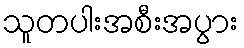
သူတပါးအစီးအပွား